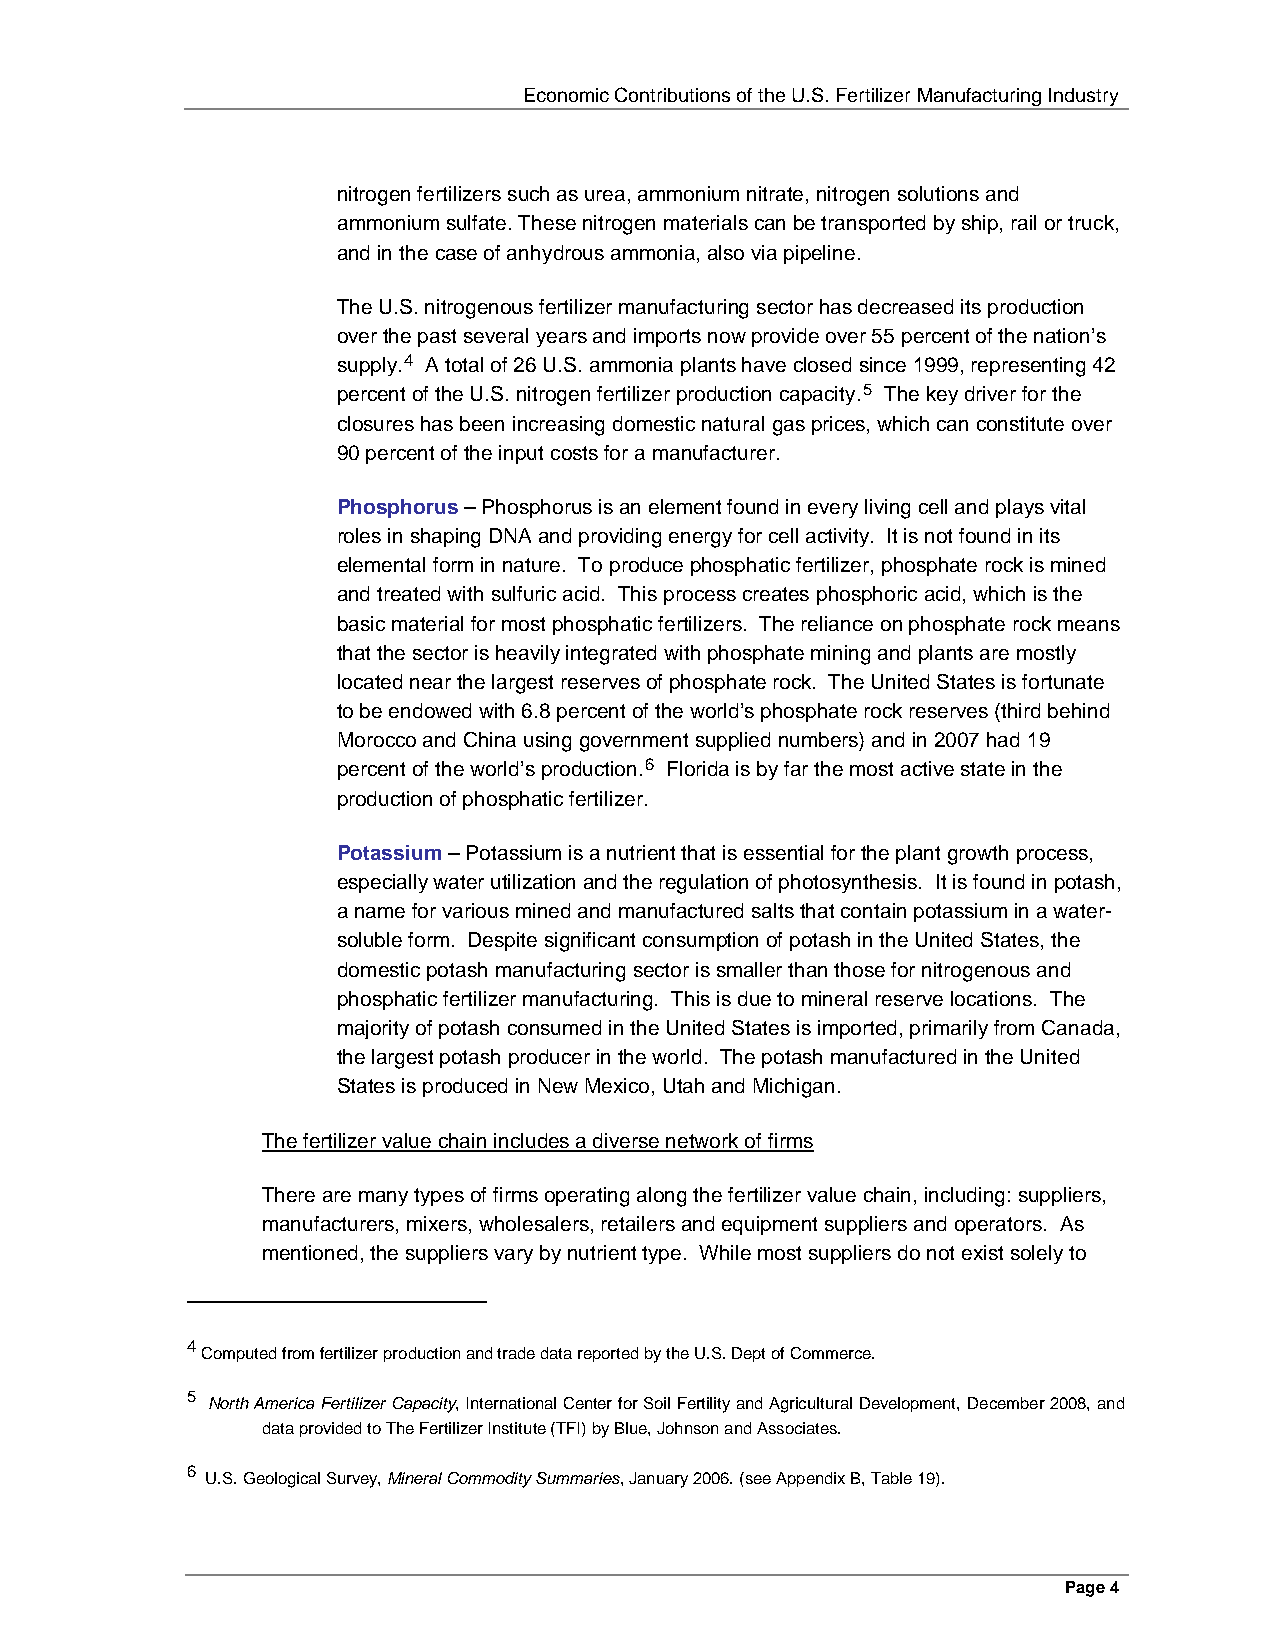
Economic Contributions of the U.S. Fertilizer Manufacturing Industry
 nitrogen fertilizers such as urea, ammonium nitrate, nitrogen solutions and
 ammonium sulfate. These nitrogen materials can be transported by ship, rail or truck,
 and in the case of anhydrous ammonia, also via pipeline.
 The U.S. nitrogenous fertilizer manufacturing sector has decreased its production
 over the past several years and imports now provide over 55 percent of the nation’s
 supply.4 A total of 26 U.S. ammonia plants have closed since 1999, representing 42
 percent of the U.S. nitrogen fertilizer production capacity.5 The key driver for the
 closures has been increasing domestic natural gas prices, which can constitute over
 90 percent of the input costs for a manufacturer.
 Phosphorus – Phosphorus is an element found in every living cell and plays vital
 roles in shaping DNA and providing energy for cell activity. It is not found in its
 elemental form in nature. To produce phosphatic fertilizer, phosphate rock is mined
 and treated with sulfuric acid. This process creates phosphoric acid, which is the
 basic material for most phosphatic fertilizers. The reliance on phosphate rock means
 that the sector is heavily integrated with phosphate mining and plants are mostly
 located near the largest reserves of phosphate rock. The United States is fortunate
 to be endowed with 6.8 percent of the world’s phosphate rock reserves (third behind
 Morocco and China using government supplied numbers) and in 2007 had 19
 percent of the world’s production.6 Florida is by far the most active state in the
 production of phosphatic fertilizer.
 Potassium – Potassium is a nutrient that is essential for the plant growth process,
 especially water utilization and the regulation of photosynthesis. It is found in potash,
 a name for various mined and manufactured salts that contain potassium in a water-
 soluble form. Despite significant consumption of potash in the United States, the
 domestic potash manufacturing sector is smaller than those for nitrogenous and
 phosphatic fertilizer manufacturing. This is due to mineral reserve locations. The
 majority of potash consumed in the United States is imported, primarily from Canada,
 the largest potash producer in the world. The potash manufactured in the United
 States is produced in New Mexico, Utah and Michigan.
 The fertilizer value chain includes a diverse network of firms
 There are many types of firms operating along the fertilizer value chain, including: suppliers,
 manufacturers, mixers, wholesalers, retailers and equipment suppliers and operators. As
 mentioned, the suppliers vary by nutrient type. While most suppliers do not exist solely to
 4
 Computed from fertilizer production and trade data reported by the U.S. Dept of Commerce.
 5
 North America Fertilizer Capacity, International Center for Soil Fertility and Agricultural Development, December 2008, and
 data provided to The Fertilizer Institute (TFI) by Blue, Johnson and Associates.
 6
 U.S. Geological Survey, Mineral Commodity Summaries, January 2006. (see Appendix B, Table 19).
 Page 4